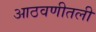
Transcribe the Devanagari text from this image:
आठवणीतली